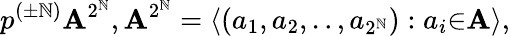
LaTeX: p^{(\pm\mathbb{N})}{\mathbf{A}}^{2^{\mathbb{N}}},{\mathbf{A}}^{2^{\mathbb{N}}}=\langle(a_{1},a_{2},..,a_{2^{\mathbb{N}}}):a_{i}{\in}{\mathbf{A}}\rangle,